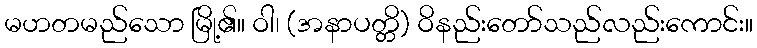
မဟတမည်သော မြို့၏။ ဝါ၊ (အနာပတ္တိ) ဝိနည်းတော်သည်လည်းကောင်း။